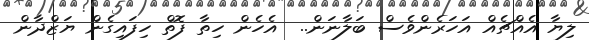
ލިޔާ އެއްޗެއް އަހަރެންވެސް ބަލާނަން..  އެހެން ހިތާ ފޮތް ހިފައިގެން ޔަޒްދާން